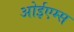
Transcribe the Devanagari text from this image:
ओईएम्स